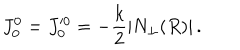
J _ { 0 } ^ { 0 } = J _ { 0 } ^ { \prime 0 } = - \frac { k } { 2 } \left| N _ { \perp } ( R ) \right| .